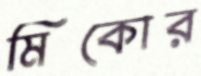
মিকোর